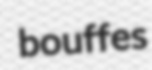
bouffes